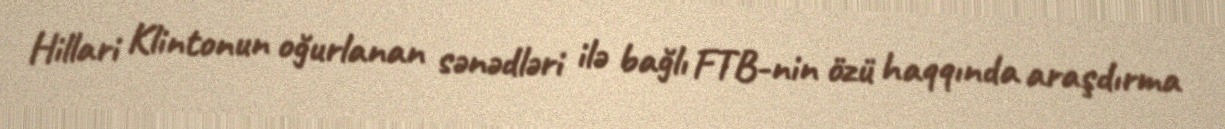
Hillari Klintonun oğurlanan sənədləri ilə bağlı FTB-nin özü haqqında araşdırma